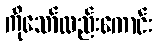
ကိုသော်လည်းကောင်း